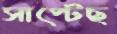
সাপ্‌টেছ